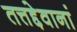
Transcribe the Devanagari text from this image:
तत्तद्देवानां